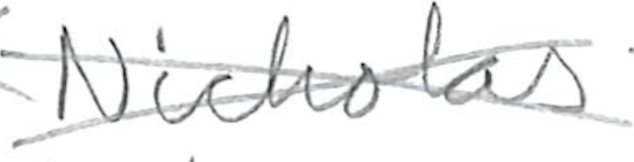
Text: Nicholas
Cross-out: cross
Writing tool: pencil